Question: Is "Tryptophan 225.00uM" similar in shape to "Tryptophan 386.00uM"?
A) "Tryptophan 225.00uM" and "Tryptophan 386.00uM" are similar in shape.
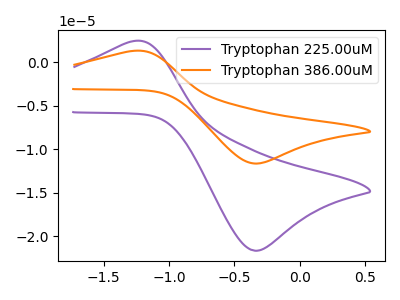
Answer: <think>The purple curve "Tryptophan 225.00uM" has an anodic peak at (-1.25V, 2.40uA) and a cathodic peak at (-0.35V, -21.65uA). The orange curve "Tryptophan 386.00uM" has an anodic peak at (-1.25V, 1.30uA) and a cathodic peak at (-0.35V, -11.65uA).
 All the peaks in "Tryptophan 225.00uM" have a peak in "Tryptophan 386.00uM" at the same potential. Every peak in "Tryptophan 225.00uM" is higher than every peak in "Tryptophan 386.00uM".</think>
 <answer>A) "Tryptophan 225.00uM" and "Tryptophan 386.00uM" are similar in shape.</answer>
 <eval>A</eval>